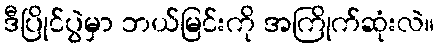
ဒီပြိုင်ပွဲမှာ ဘယ်မြင်းကို အကြိုက်ဆုံးလဲ။